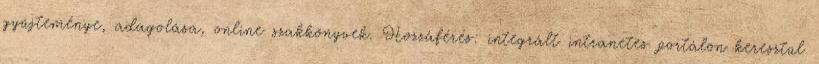
gyűjteménye, adagolása, online szakkönyvek. Hozzáférés: integrált intranetes portálon keresztül